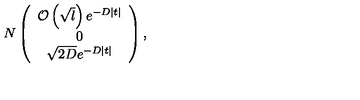
N \left( \begin{array} { c } { { \cal { O } } \left( \sqrt { l } \right) e ^ { - D | t | } } \\ { 0 } \\ { \sqrt { 2 D } e ^ { - D | t | } } \\ \end{array} \right) ,